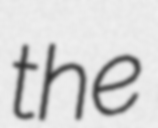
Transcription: the